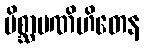
မိစ္ဆာပဏိဟိတေန